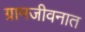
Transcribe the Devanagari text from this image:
ग्रामजीवनात